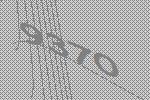
9370